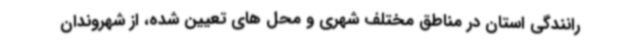
رانندگی استان در مناطق مختلف شهری و محل های تعیین شده، از شهروندان